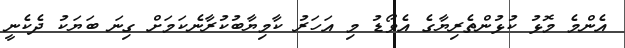
އެންމެ މޮޅު ކުޅުންތެރިޔާގެ އެވޯޑު މި އަހަރު ކާމިޔާބުކުރާނެކަމަށް ގިނަ ބަަޔަކު ދެކެނީ